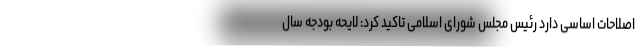
اصلاحات اساسی دارد رئیس مجلس شورای اسلامی تاکید کرد: لایحه بودجه سال